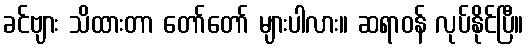
ခင်ဗျား သိထားတာ တော်တော် များပါလား။ ဆရာဝန် လုပ်နိုင်ပြီ။